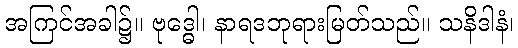
အကြင်အခါ၌။ ဗုဒ္ဓေါ၊ နာရဒဘုရားမြတ်သည်။ သနိဒါနံ၊